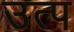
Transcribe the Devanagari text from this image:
उत्प